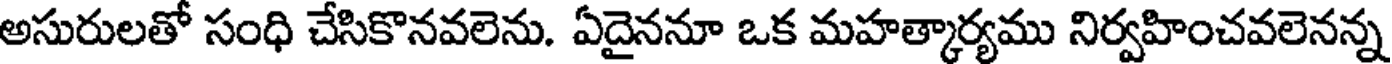
అసురులతో సంధి చేసికొనవలెను. ఏదైననూ ఒక మహత్కార్యము నిర్వహించవలెనన్న